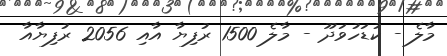
މާލެ - ކުޑަހުވަދޫ - މާލެ 1500 ރުފިޔާ އާއި 2056 ރުފިޔާއާ